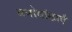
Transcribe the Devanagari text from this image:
मनोवांछाएँ